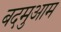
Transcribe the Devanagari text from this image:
बदमुआम